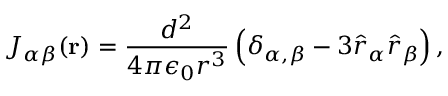
J _ { \alpha \beta } ( { \bf r } ) = \frac { d ^ { 2 } } { 4 \pi \epsilon _ { 0 } r ^ { 3 } } \left( \delta _ { \alpha , \beta } - 3 \hat { r } _ { \alpha } \hat { r } _ { \beta } \right) ,